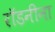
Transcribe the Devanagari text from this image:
रॉडनीना